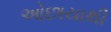
ઓછાયાથી